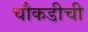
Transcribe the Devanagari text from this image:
चौकडीची